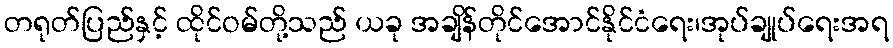
တရုတ်ပြည်နှင့် ထိုင်ဝမ်တို့သည် ယခု အချိန်တိုင်အောင်နိုင်ငံရေး၊အုပ်ချုပ်ရေးအရ